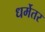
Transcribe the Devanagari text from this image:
धर्मेतर